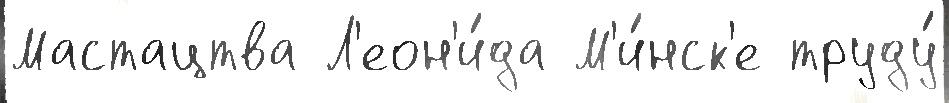
Мастацтва Л'еон'и́да М'и́нск'е труду́